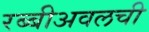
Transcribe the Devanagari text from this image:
रब्बीअवलची